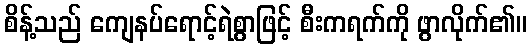
စိန့်သည် ကျေနပ်ရောင့်ရဲစွာဖြင့် စီးကရက်ကို ဖွာလိုက်၏။